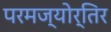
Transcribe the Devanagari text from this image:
परमज्‍योर्तिर